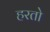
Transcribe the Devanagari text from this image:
हरतो